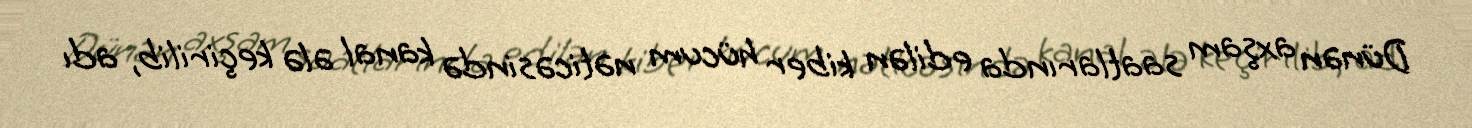
Dünən axşam saatlarında edilən kiber hücum nəticəsində kanal ələ keçirilib, adı